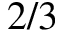
2 / 3